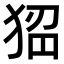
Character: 𤟁